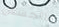
للتجسس